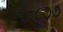
૧૦૮૭૭